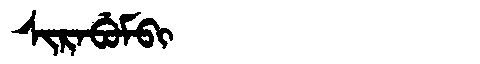
Manchu: ᠰᡳᡵᠠᠪᡠᠮᠪᡳ
Romanization: SIRABUMBI